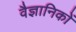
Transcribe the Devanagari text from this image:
वैज्ञानिकाें